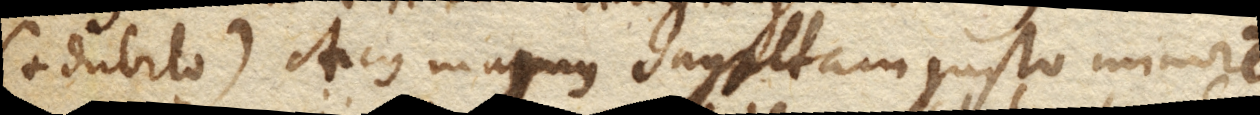
(+ Dubito. +) Arcus magnus sagittam justo minorem